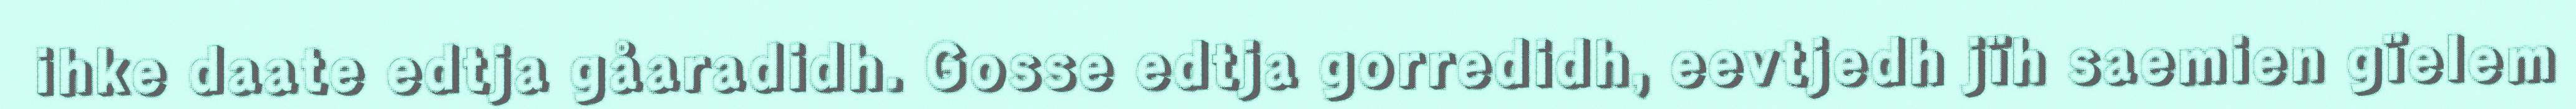
ihke daate edtja gåaradidh. Gosse edtja gorredidh, eevtjedh jïh saemien gïelem